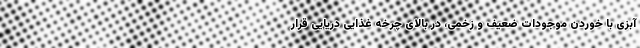
آبزی با خوردن موجودات ضعیف و زخمی، در بالای چرخه غذایی دریایی قرار